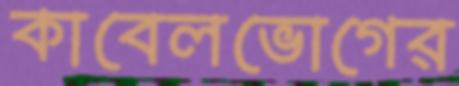
কাবেলভোগের